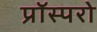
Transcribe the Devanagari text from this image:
प्रॉस्परो